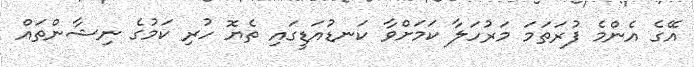
އޭގެ އެންމެ ފުރަތަމަ މަރުހަލާ ކަމަށްވާ ކަނޑުއަޑީގައި ތެޔޮ ހުރި ކަމުގެ ނިޝާންތައް